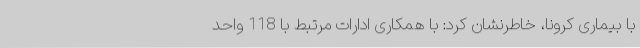
با بیماری کرونا، خاطرنشان کرد: با همکاری ادارات مرتبط با 118 واحد